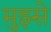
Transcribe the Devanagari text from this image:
मुझ्से